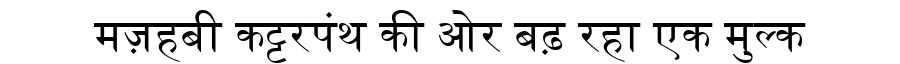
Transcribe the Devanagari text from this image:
मज़हबी कट्टरपंथ की ओर बढ़ रहा एक मुल्क